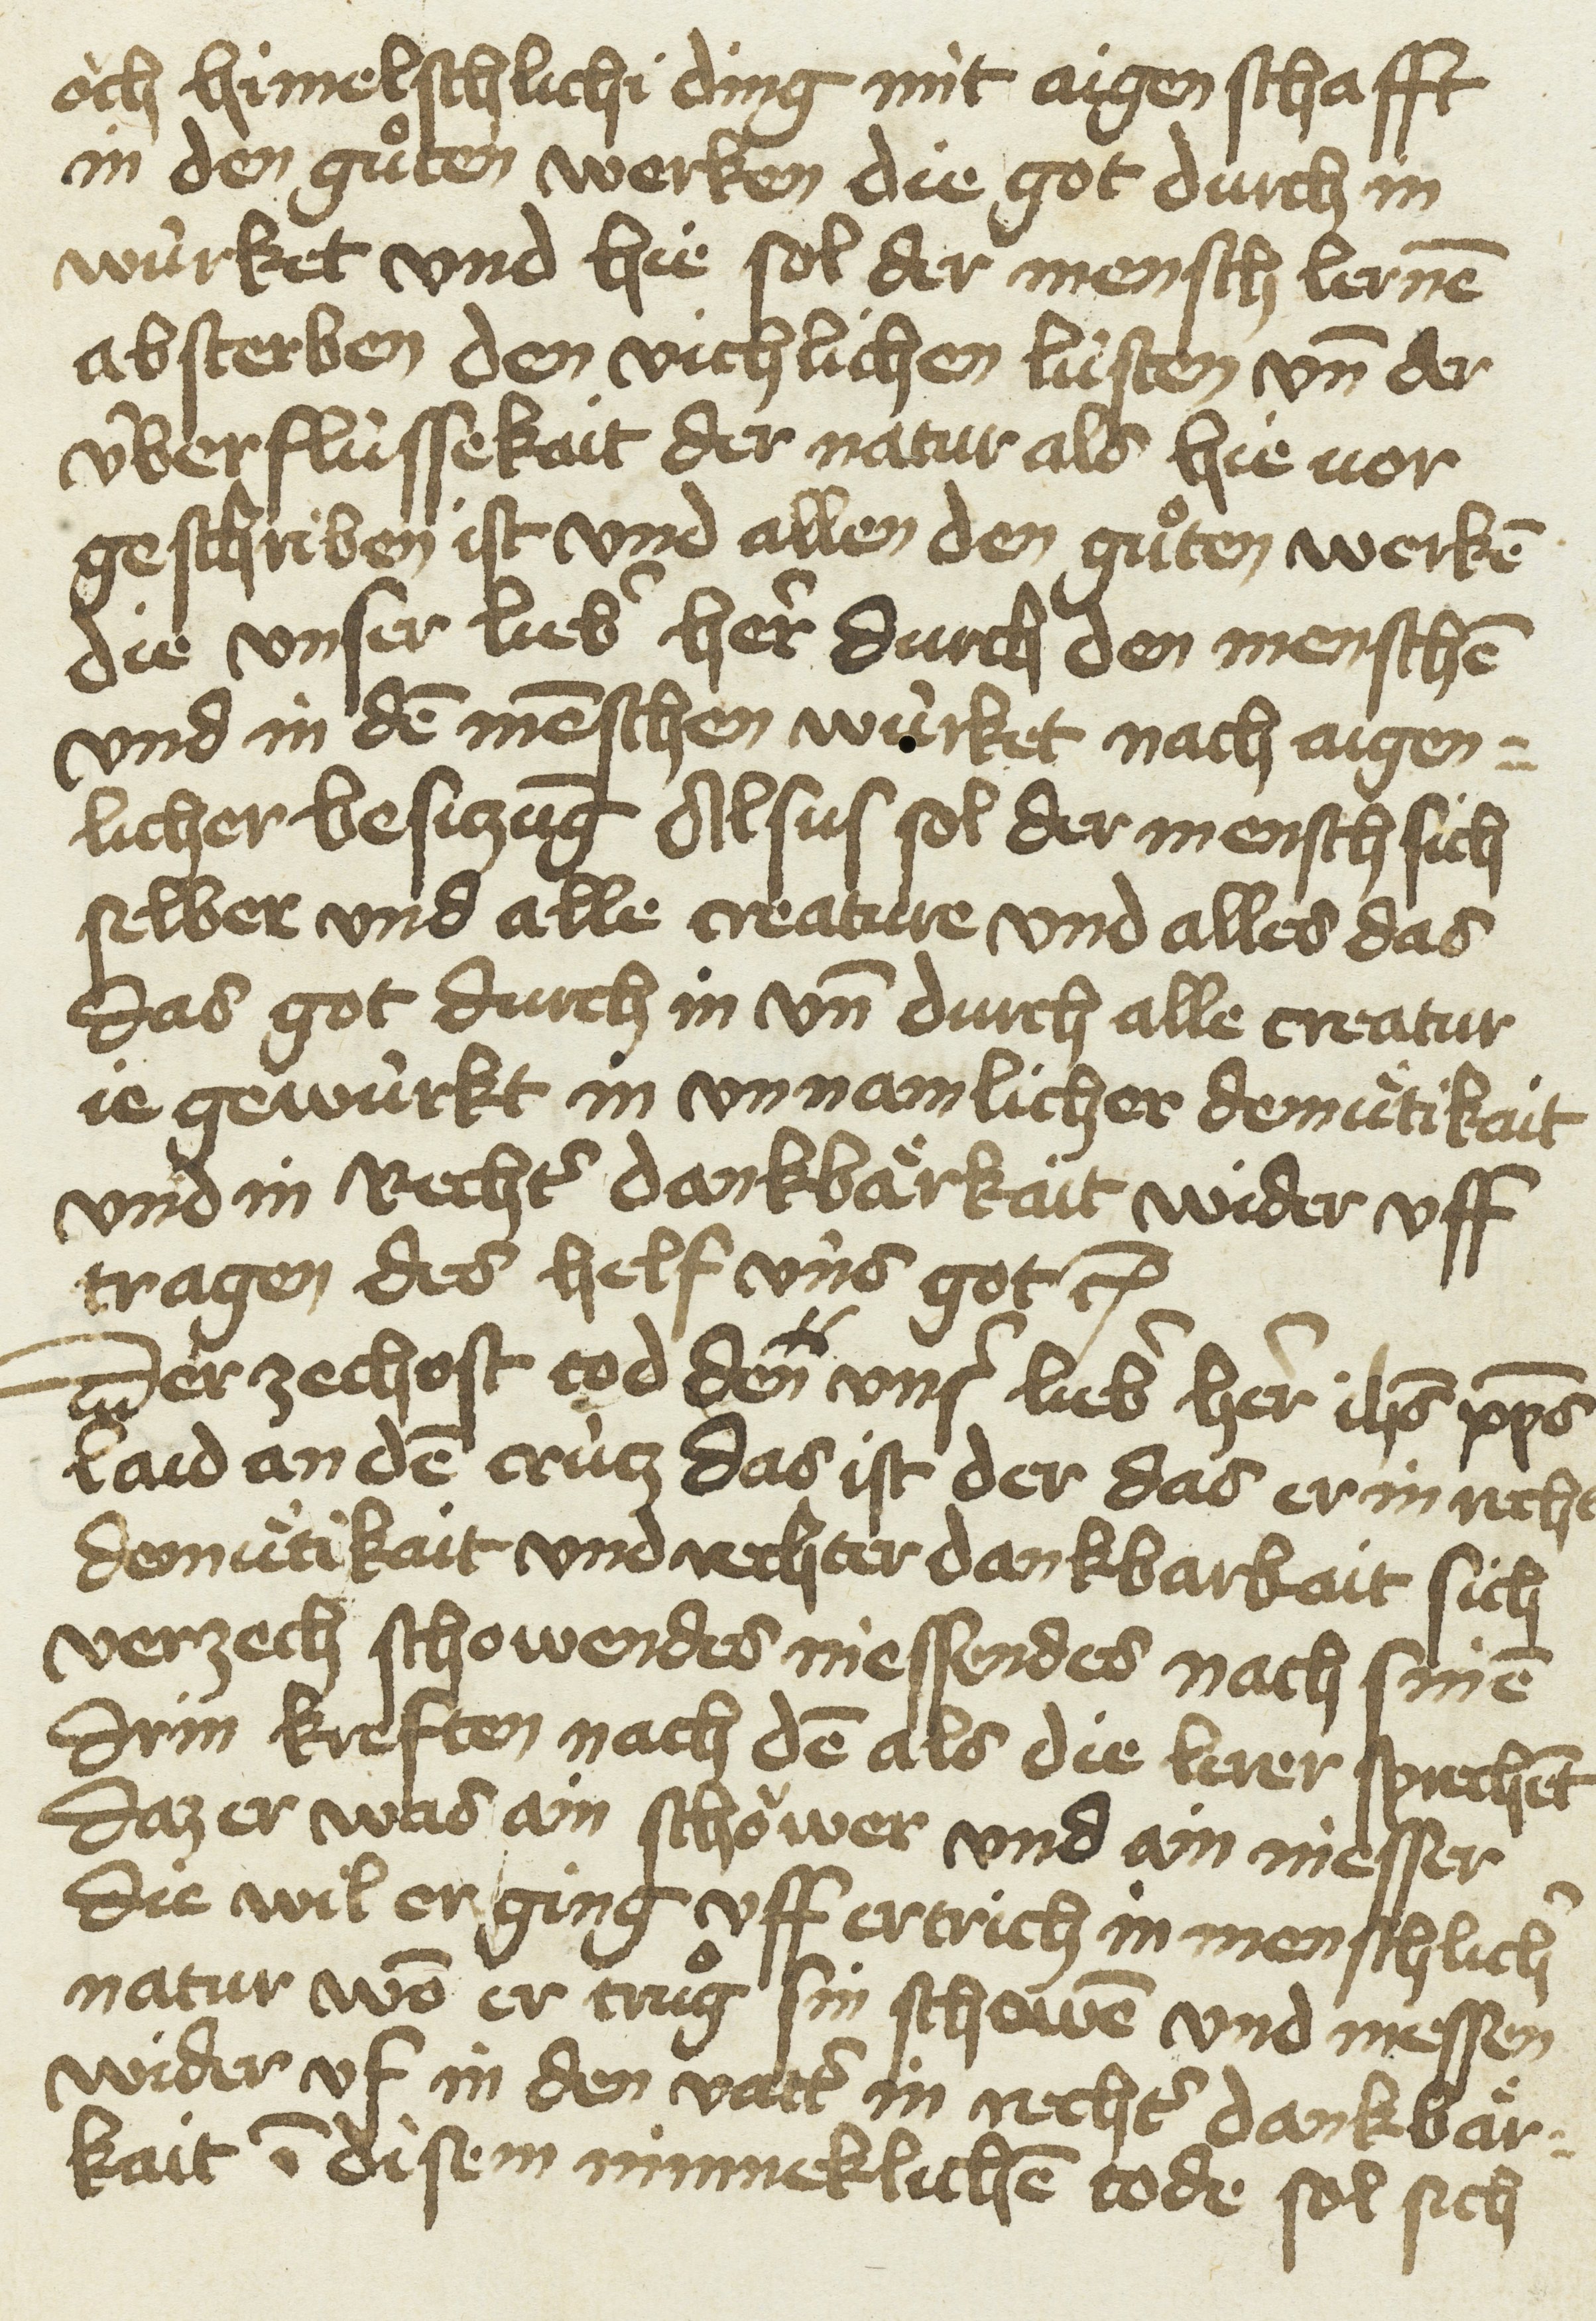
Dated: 1433–1499